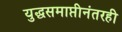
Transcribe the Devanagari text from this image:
युद्धसमाप्तीनंतरही